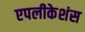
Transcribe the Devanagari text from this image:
एपलीकेशंस